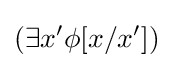
(\exists x'\phi [x/x'])